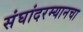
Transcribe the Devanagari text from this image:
संघांदरम्यानचा